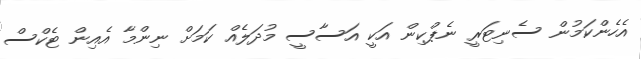
އެހެންކަމުން ސެނިޓަރީ ނެޕްކިން އަކީ އަސާސީ މުދަލެއް ކަމަށް ނިންމާ އެއިން ޓެކްސް